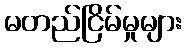
မတည်ငြိမ်မှုများ